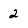
Character: 2